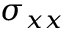
\sigma _ { x x }